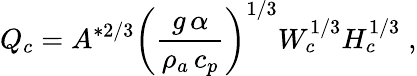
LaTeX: Q_{c}=A^{*2/3}\left(\frac{g\, \alpha}{\rho_{a}\, c_{p}}\right)^{1/3}W_{c}^{1/3}H_{c}^{1/3}\; ,